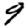
Digit: 9